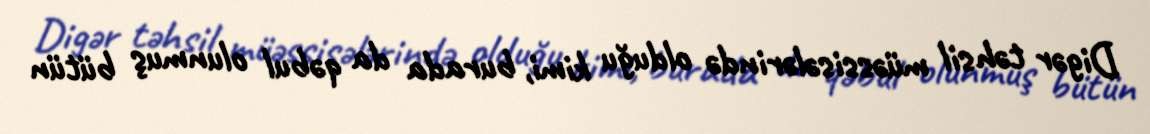
Digər təhsil müəssisələrində olduğu kimi, burada da qəbul olunmuş bütün